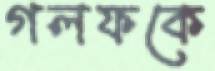
গলফকে